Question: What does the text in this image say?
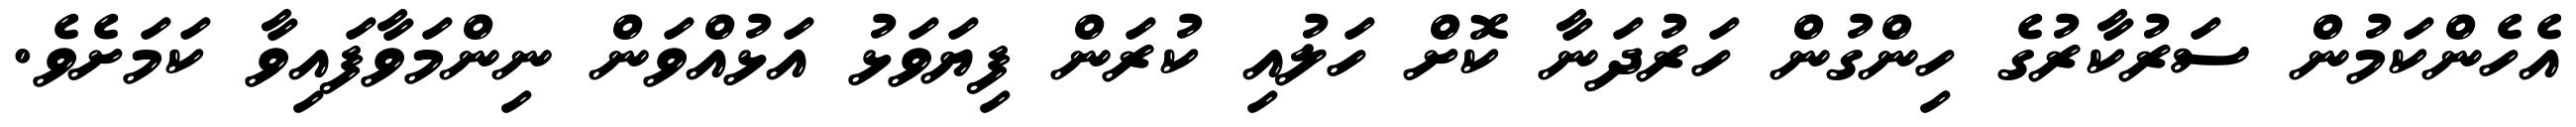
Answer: އެހެންކަމުން ސަރުކާރުގެ ހިންގުން ހަރުދަނާ ކޮށް ހަލުއި ކުރަން ފިޔަވަޅު އަޅުއްވަން ނިންމަވާފައިވާ ކަމަށެވެ.